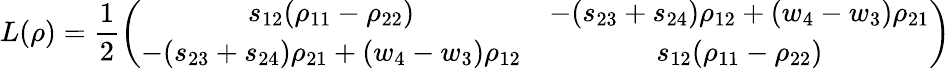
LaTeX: L(\rho)=\frac{1}{2}\left(\begin{array}{cc}{s_{12}(\rho_{11}-\rho_{22})}&{-(s_{23}+s_{24})\rho_{12}+(w_{4}-w_{3})\rho_{21}}\\ {-(s_{23}+s_{24})\rho_{21}+(w_{4}-w_{3})\rho_{12}}&{s_{12}(\rho_{11}-\rho_{22})}\end{array}\right)